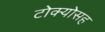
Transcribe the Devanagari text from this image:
टोक्योसह